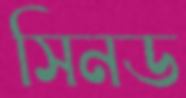
সিনড